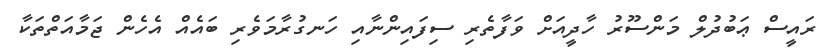
ރައީސް ޢަބުދުލް މަންސޫރު ހާދީއަށް ވަފާތެރި ސިފައިންނާއި ހަނގުރާމަވެރި ބައެއް އެހެން ޖަމާއަތްތަކާ